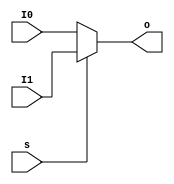
module  MUX2T1_32(input[31:0]I0,
						input[31:0]I1,
						input s,
						output[31:0]o
						 );

	assign o = s?I1:I0;			////322,I0I101

endmodule